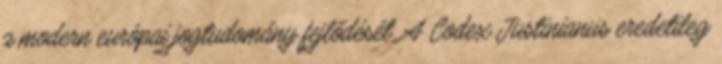
a modern európai jogtudomány fejlődését. A Codex Justinianus eredetileg